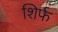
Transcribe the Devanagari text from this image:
शिर्फ